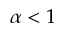
\alpha < 1